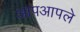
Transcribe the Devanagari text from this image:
आपआपले